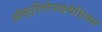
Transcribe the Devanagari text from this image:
ऑस्ट्रैलोपाइथेशियन